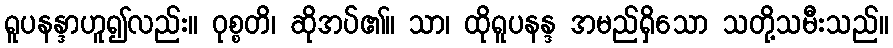
ရူပနန္ဒာဟူ၍လည်း။ ဝုစ္စတိ၊ ဆိုအပ်၏။ သာ၊ ထိုရူပနန္ဒ အမည်ရှိသော သတို့သမီးသည်။